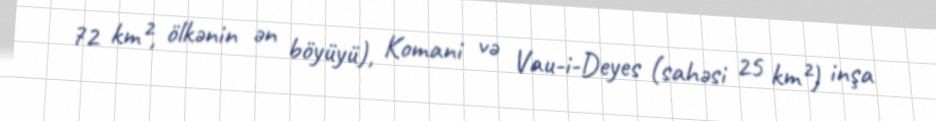
72 km², ölkənin ən böyüyü), Komani və Vau-i-Deyes (sahəsi 25 km²) inşa